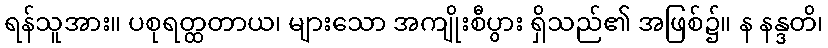
ရန်သူအား။ ပစုရတ္ထတာယ၊ များသော အကျိုးစီပွား ရှိသည်၏ အဖြစ်၌။ န နန္ဒတိ၊